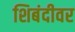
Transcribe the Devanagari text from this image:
शिबंदीवर